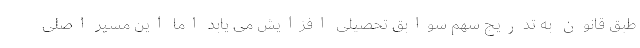
طبق قانون به تدریج سهم سوابق تحصیلی افزایش می یابد اما این مسیر اصلی